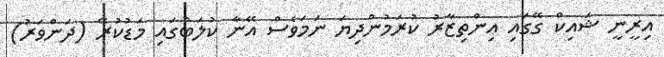
އިރީނީ ޝައިކް ގޭގައި އިންތިޒާރު ކުރަމުންދިޔަ ނަމަވެސް އޭނާ ކުލަބުގައި މަޑުކުރޭ (ދަންވަރު)